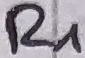
Text: R1